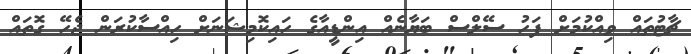
ޗާޓުތައް ވިއްކުމަށް ފަހު ސޭލްސް ބަޔާނެއް އިންޑީއާގެ ހައިކޮމިޝަނަށް ހިއްސާކުރަން ޖެހޭ ގޮތައް